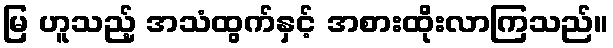
မြ ဟူသည့် အသံထွက်နှင့် အစားထိုးလာကြသည်။